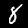
Digit: 8